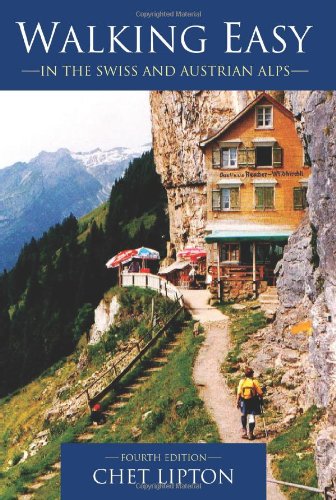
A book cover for Walking Easy: in the Swiss and Austrian Alps; Chet Lipton; Travel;